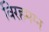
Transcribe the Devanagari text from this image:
विरहमग्न